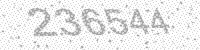
Solution: 236544